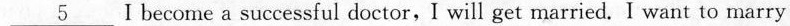
\underline{5} 5 I becorne a successful doctor,I will get married. I want to marry